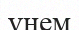
үнем